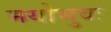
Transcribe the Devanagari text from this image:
मयोभुवः